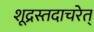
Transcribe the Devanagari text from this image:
शूद्रस्तदाचरेत्